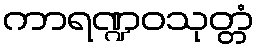
ကာရဏ္ဍဝသုတ္တံ